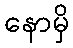
နောမှိ